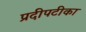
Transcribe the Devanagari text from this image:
प्रदीपटीका